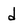
Character: d